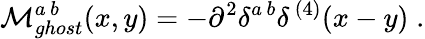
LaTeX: {\cal M}_{ghost}^{a\, b}(x,y)=-\partial^{2}\delta^{a\, b}\delta^{\, (4)}(x-y)\; .